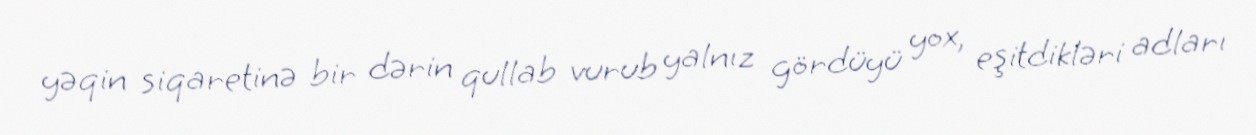
yəqin siqaretinə bir dərin qullab vurub yalnız gördüyü yox, eşitdikləri adları